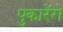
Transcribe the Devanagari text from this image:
पुकारेंगे